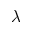
\lambda